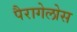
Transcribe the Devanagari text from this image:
पैरागेलोस